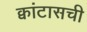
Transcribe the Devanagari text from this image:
क्वांटासची